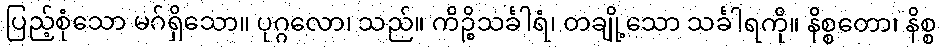
ပြည့်စုံသော မဂ်ရှိသော။ ပုဂ္ဂလော၊ သည်။ ကိဉ္စိသင်္ခါရံ၊ တချို့သော သင်္ခါရကို။ နိစ္စတော၊ နိစ္စ